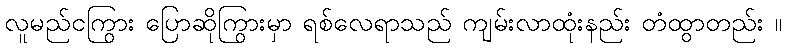
လူမည်ငကြွား ပြောဆိုကြွားမှာ ရစ်လေရာသည် ကျမ်းလာထုံးနည်း တံထွာတည်း ။